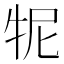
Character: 𤙌